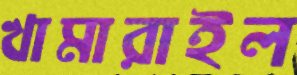
খামারাইল